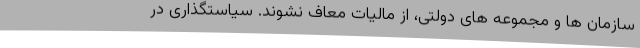
سازمان ها و مجموعه های دولتی، از مالیات معاف نشوند. سیاستگذاری در